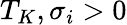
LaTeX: T_{K},\sigma_{i}>0